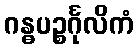
ဂန္ဓပဉ္စင်္ဂုလိကံ